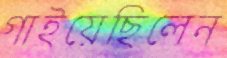
গাইয়েছিলেন